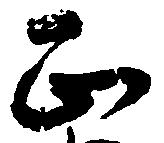
正